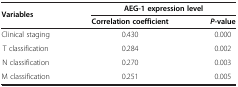
| <ROWSPAN=2> Variables | <COLSPAN=2> AEG-1 expression level |
 | Correlation coefficient | P-value |
 | --- | --- | --- |
 | Clinical staging | 0.430 | 0.000 |
 | T classification | 0.284 | 0.002 |
 | N classification | 0.270 | 0.003 |
 | M classification | 0.251 | 0.005 |